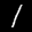
Label: 1